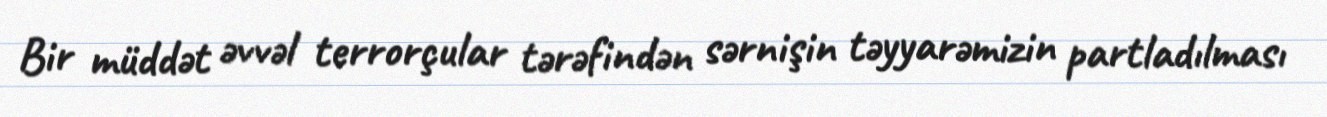
Bir müddət əvvəl terrorçular tərəfindən sərnişin təyyarəmizin partladılması